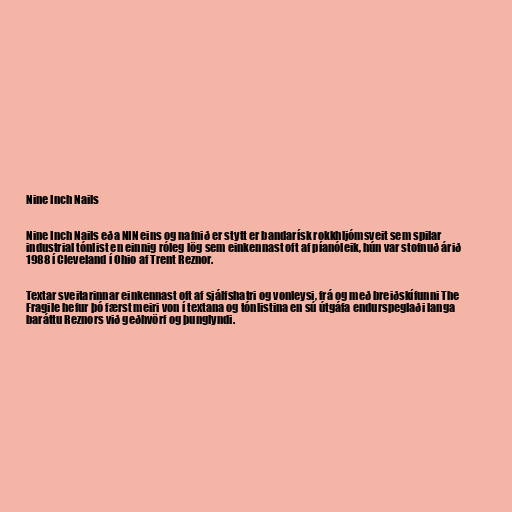
Nine Inch Nails

Nine Inch Nails eða NIN eins og nafnið er stytt er bandarísk rokkhljómsveit sem spilar
industrial tónlist en einnig róleg lög sem einkennast oft af píanóleik, hún var stofnuð árið
1988 í Cleveland í Ohio af Trent Reznor.

Textar sveitarinnar einkennast oft af sjálfshatri og vonleysi, frá og með breiðskífunni The
Fragile hefur þó færst meiri von í textana og tónlistina en sú útgáfa endurspeglaði langa
baráttu Reznors við geðhvörf og þunglyndi.